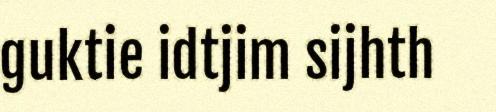
guktie idtjim sijhth